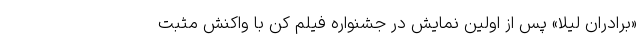
«برادران لیلا» پس از اولین نمایش در جشنواره فیلم کن با واکنش مثبت